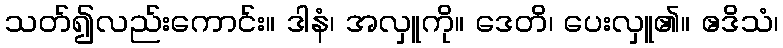
သတ်၍လည်းကောင်း။ ဒါနံ၊ အလှူကို။ ဒေတိ၊ ပေးလှူ၏။ ဧဒိသံ၊